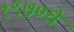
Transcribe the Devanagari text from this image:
१९७०चे